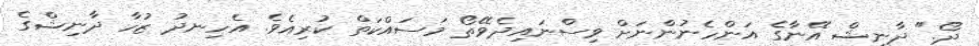
ދޯ." ދާނިޝް އޭނާގެ އަންހެނުންނަށް ވިސްނައިދެވޭތޯ މަސައްކަތް ކުރިއެވެ. އެހިނދު ޒުހާ ދާނިޝްގެ